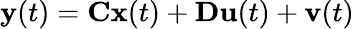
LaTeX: \mathbf{y}(t)=\mathbf{C}\mathbf{x}(t)+\mathbf{D}\mathbf{u}(t)+\mathbf{v}(t)